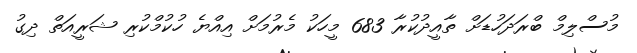
މުސްލިމް ބްރަދަހުޑަށް ތާއީދުކުރާ 683 މީހަކު މެރުމަށް އިއްޔެ ހުކުމްކުރި ޝަރީއަތް ދިގު